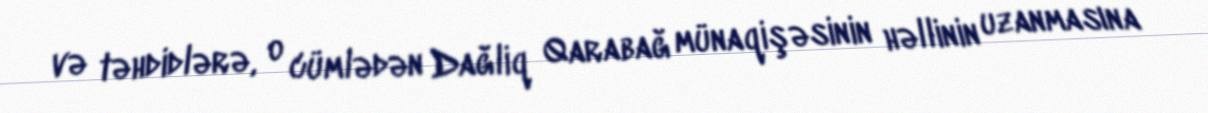
və təhdidlərə, o cümlədən Dağliq Qarabağ münaqişəsinin həllinin uzanmasına